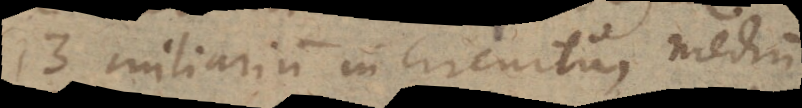
13 miliarum in circuitu, medium